Annual report on the working of the lock hospitals in the North-Western Provinces and Oudh
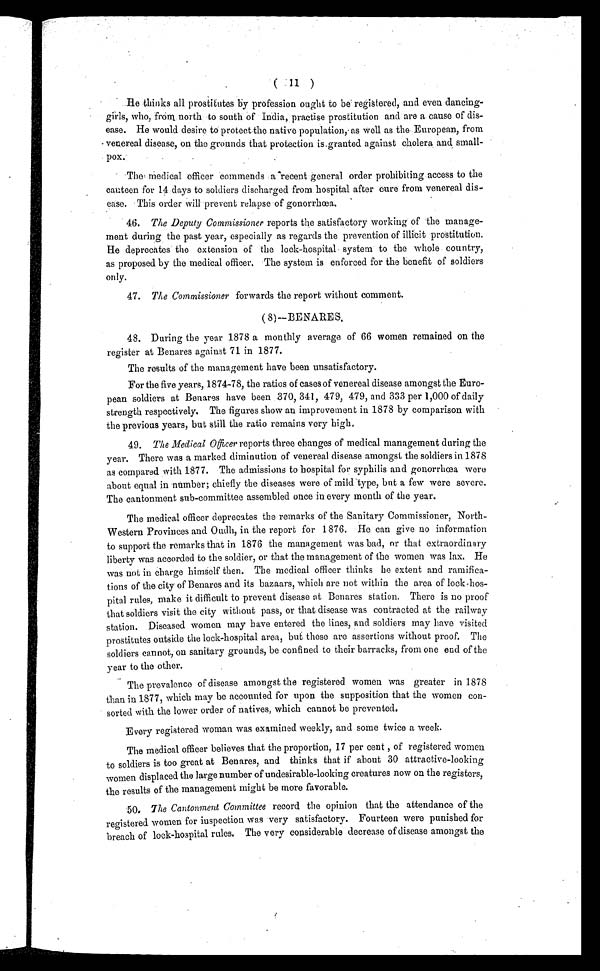
( 11 )
He thinks all prostitutes by profession ought to be registered, and even dancing-
girls, who, from north to south of India, practise prostitution and are a cause of dis-
ease. He would desire to protect.the native population, as well as the European, from
venereal disease, on the grounds that protection is.granted against cholera , and small-
p o x
The medical officer commends a recent general order prohibiting access to the
canteen for 14 days to soldiers discharged from. hospital after cure from venereal dis-
ease. This order will prevent relapse of gonorrhœa.
46. The Deputy Commissioner reports the satisfactory working of 'the manage-
ment during the past year, especially as regards the prevention of illicit prostitution.
He deprecates' the extension of 'the lock-hospital system to the whole country,
as proposed by the medical officer. The system is enforced for the benefit of soldiers
only.
47. The Commissioner forwards the report without comment.
48.
(8)—BENARE S.
49. During the year 1878 a monthly average of 66 women remained on the
register at Benares against 71 in 1877.
The results of the management have been unsatisfactory.
For the five years, 1874-78, the ratios of cases of venereal disease amongst the Euro-
pean soldiers at Benares have been 370, 341, 479, 479, and 333 per 1,000 of daily
strength respectively. The figures show an improvement in 1878 by comparison with
the previous years, but still the ratio remains very high.
50. The Medical Officer reports three changes of medical management during the
year There was a marked diminution of venereal disease amongst the soldiers in 1878
as compared with 1877. The admissions to hospital for syphilis and gonorrhœa were
about equal in number; chiefly the diseases were of mild type, but a few were severe.
The cantonment sub-committee assembled once in every month of the year.
The medical officer deprecates the remarks of the Sanitary Commissioner, North-
Western Provinces and Oudh, in the report for 1876. He can give no information
to support the remarks that in 1876 the management was bad, or that extraordinary
liberty was accorded to the soldier, or that the management of the women was lax. He
was not in charge himself then. The medical officer thinks he extent and ramifica-
tions of the city of Benares and its bazaars, which are not within the area of lock . hos-
pital rules, make it difficult to prevent disease at Benares station. There is no proof
that soldiers visit the city without pass, or that disease was contracted at the railway
station. Diseased women may have entered the lines, and soldiers may have visited
prostitutes outside the lock-hospital area, but these are assertions without proof. The
soldiers cannot, on sanitary grounds, be confined to their barracks, from one end of the
year to the other.
The prevalence of disease amongst the registered women was greater in 1878
than in 1877, which may be accounted for upon the supposition that the women con-
sorted with the lower order of natives, which cannot be prevented.
Every registered woman was examined weekly, and some twice a week.
The medical officer believes that the proportion, 17 per cent , of registered women
to soldiers is too great at Benares, and thinks that if about 30 attractive-looking
women displaced the large number of undesirable-looking creatures now on the registers,
the results of the management might be more favorable.
The Cantonment Committee record the opinion that the attendance of the
registered women for inspection was very satisfactory. Fourteen were punished for
breach of lock-hospital rules. The very considerable decrease of disease amongst the